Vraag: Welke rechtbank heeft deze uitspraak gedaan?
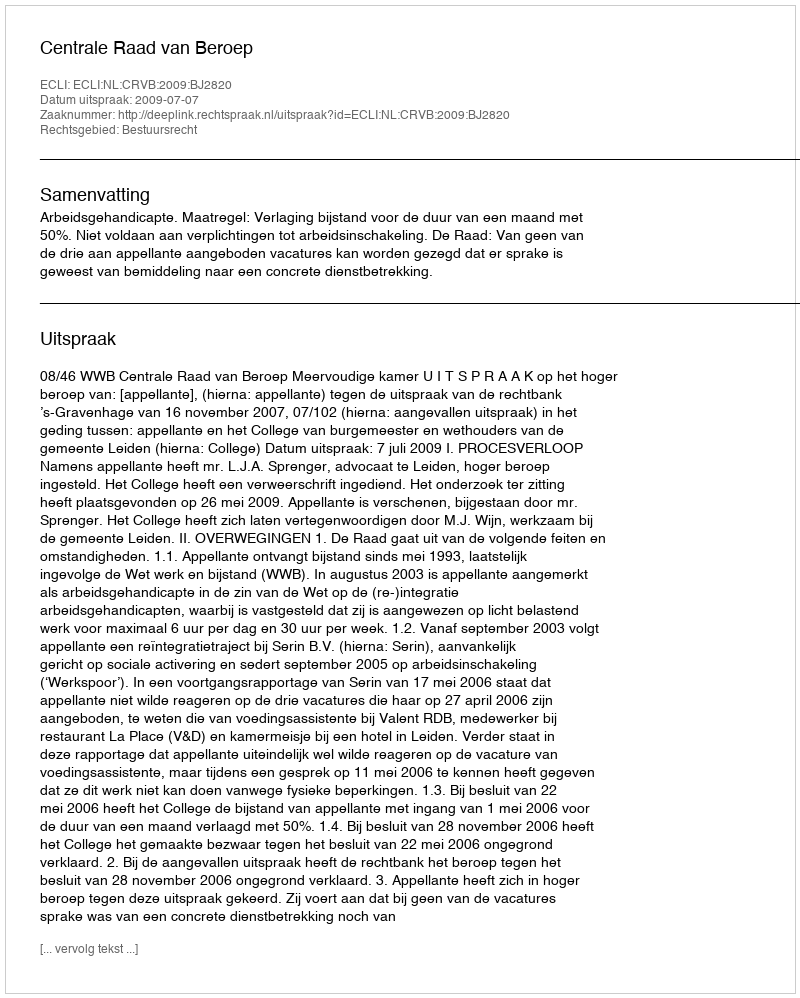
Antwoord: Centrale Raad van Beroep